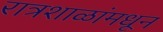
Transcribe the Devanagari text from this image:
रात्रशाळांमधून